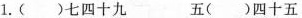
1.( )七四十九 五( )四十五